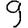
Digit: 9